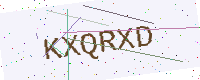
Text: KXQRXD